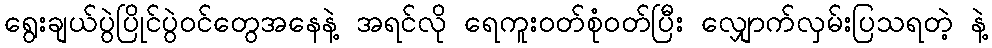
ရွေးချယ်ပွဲပြိုင်ပွဲဝင်တွေအနေနဲ့ အရင်လို ရေကူးဝတ်စုံဝတ်ပြီး လျှောက်လှမ်းပြသရတဲ့ နဲ့